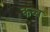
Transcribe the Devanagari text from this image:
कव्व